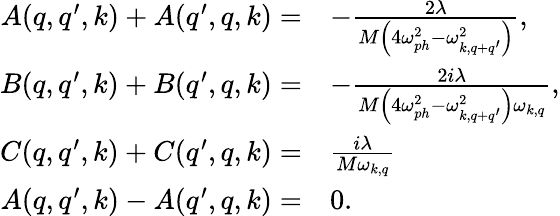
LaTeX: \begin{array}{rl}{A(q,q^{\prime},k)+A(q^{\prime},q,k)=}&{-\frac{2\lambda}{M\left(4\omega_{ph}^{2}-\omega_{k,q+q^{\prime}}^{2}\right)},}\\ {B(q,q^{\prime},k)+B(q^{\prime},q,k)=}&{-\frac{2i\lambda}{M\left(4\omega_{ph}^{2}-\omega_{k,q+q^{\prime}}^{2}\right)\omega_{k,q}},}\\ {C(q,q^{\prime},k)+C(q^{\prime},q,k)=}&{\frac{i\lambda}{M\omega_{k,q}}}\\ {A(q,q^{\prime},k)-A(q^{\prime},q,k)=}&{0.}\end{array}